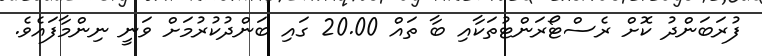
ފުރަބަންދު ކޮށް ރެސްޓޯރަންޓުތަކާއި ބާ ތައް 20.00 ގައި ބަންދުކުރުމަށް ވަނީ ނިންމާފައެވެ.